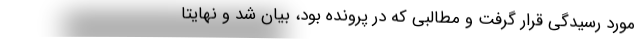
مورد رسیدگی قرار گرفت و مطالبی که در پرونده بود، بیان شد و نهایتاً